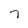
Character: 7